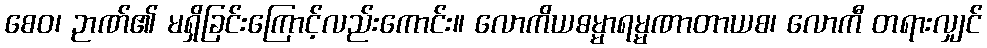
စေဝ၊ ဉာဏ်၏ မရှိခြင်းကြောင့်လည်းကောင်း။ လောကိယဓမ္မာရမ္မဏာတာယစ၊ လောကီ တရားလျှင်